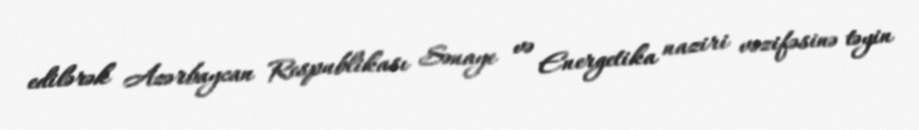
edilərək Azərbaycan Respublikası Sənaye və Energetika naziri vəzifəsinə təyin